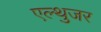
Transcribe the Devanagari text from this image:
एल्थुजर